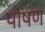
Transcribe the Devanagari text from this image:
पोषंण